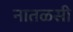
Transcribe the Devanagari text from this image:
नातळसी